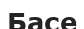
Басе